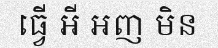
ធ្វើ អី អញ មិន